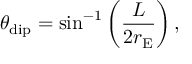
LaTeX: \theta _ { \mathrm { d i p } } = \sin ^ { - 1 } \left( \frac { L } { 2 r _ { \mathrm { E } } } \right) ,